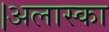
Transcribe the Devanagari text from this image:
।अलास्का